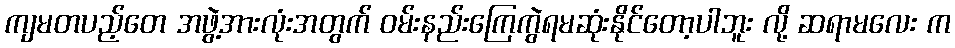
ကျမတပည့်တေ အဖွဲ့အားလုံးအတွက် ဝမ်းနည်းကြေကွဲရမဆုံးနိုင်တော့ပါဘူး လို့ ဆရာမလေး က